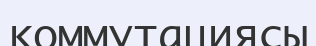
коммутациясы